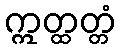
ဣတ္ထတ္တံ